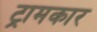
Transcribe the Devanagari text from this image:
ट्रामकार